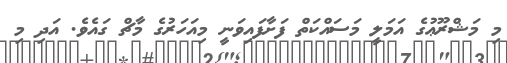
މި މަޝްރޫޢުގެ އަމަލީ މަސައްކަތް ފަށާފައިވަނީ މިއަހަރުގެ މާޗް ގައެވެ. އަދި މި